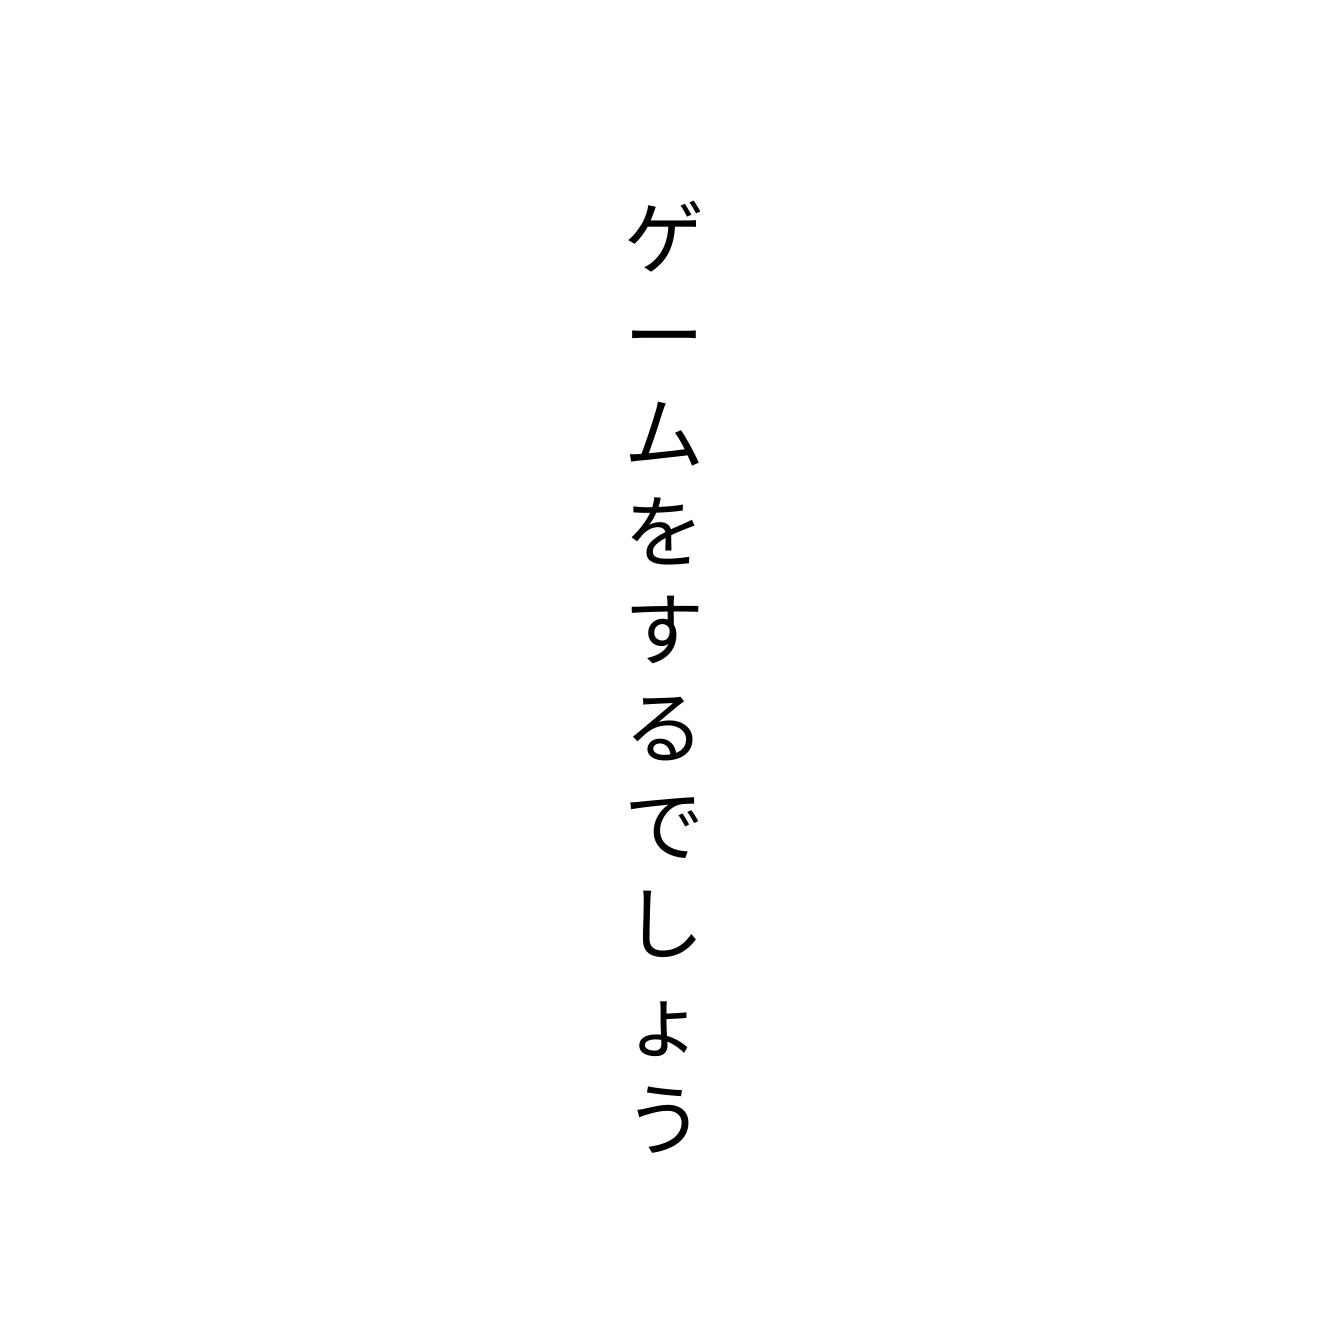
ゲームをするでしょう